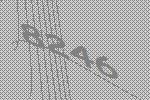
8246